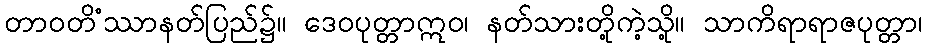
တာဝတိံဿာနတ်ပြည်၌။ ဒေဝပုတ္တာဣဝ၊ နတ်သားတို့ကဲ့သို့။ သာကိရာရာဇပုတ္တာ၊